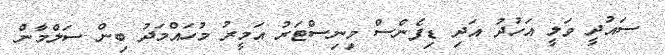
ސައުދީ ވަލީ އަހުދު އަދި ޑިފެންސް މިނިސްޓަރު އަމީރު މުހައްމަދު ބިން ސަލްމާން